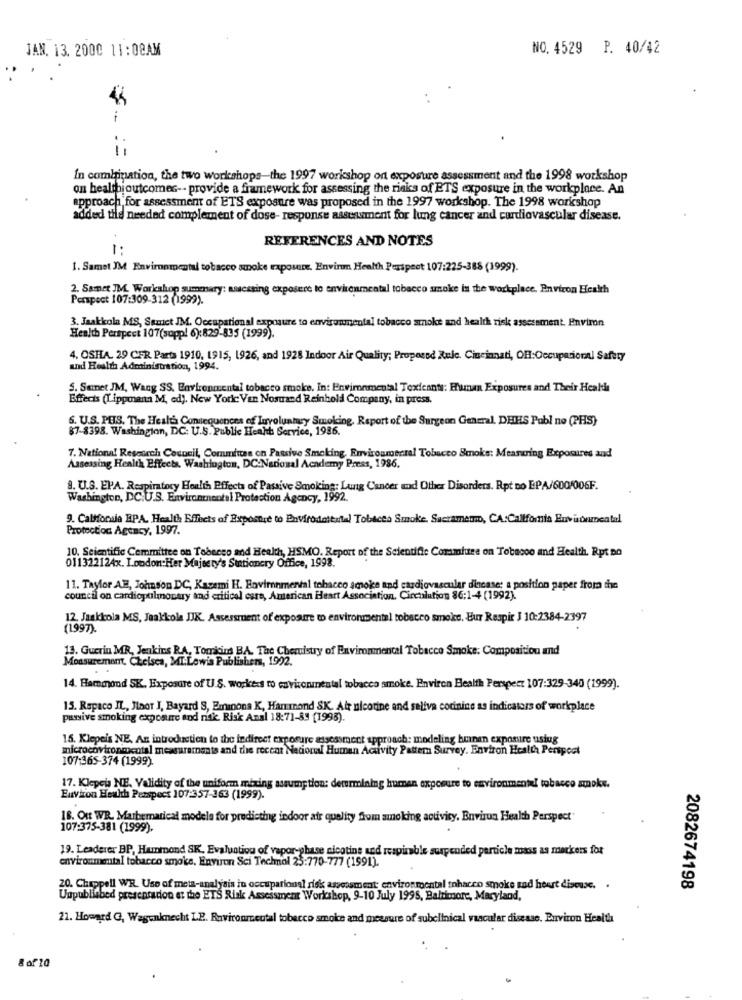
JAN. 13. 2000 11:08AM
NO. 4529 P. 40/42
In combination, the two workshops-the 1997 workshop on exposure assessment and the 1998 workshop
on healthioutcomes -- provide a framework for assessing the risks of ETS exposure in the workplace. An
approach for assessment of ETS exposure was proposed in the 1997 workshop. The 1998 workshop
added tile needed complement of dose- response assessment for lung cancer and cardiovascular disease.
REFERENCES AND NOTES
1:
1. Samet JM Environmental tobacco smoke exposure. Envirom Health Perspect 107:225-388 (1999).
2. Samet IM. Workshop summary: assessing exposure to environmental tobacco smoke in the workplace. Environ Elcalth
Perspect 107:309-312 (1999).
3. Jaakkola MS, Samet JM. Occupational exposure to environmental tobacco smoke and health risk assessment. Environ
Health Perspect 107(suppl 6):829-835 (1999).
4. OSHA. 29 CFR Parts 1910, 1915, 1926, and 1928 Indoor Air Quality; Proposed Rule. Cincinnati, OH:Occupational Safety
und Health Administration, 1994.
S. Semet JM, Wang SS. Environmental tobacco smoke. In: Environmental Texicanti: Human Exposures and Their Healds
Effects (Tippmann M, ed). New York Van Nosuand Reinbold Company, in press.
S. U.S. PES. The Health Consequences of Luryolunhry Smoking, Report of the Surgeon General, DEHS Pobl no (PHS)
$7-8398. Washington, DC: U.S. Public Heaht Service, 1986.
7. National Research Council, Committee on Passive Smoking, Environmental Tobacco Smoke: Meararing Exposures and
Assessing Health Effects. Washington, DC:National Academy Press, 1986.
9. U.S. EPA. Respiratory Hoalth Effects of Passive Smoking: Lung Cancer and Other Disorders. Rpt Do EPA/600/006F.
Washington, DC.U.S. Environmental Protection Agency, 1992.
9. California BPA, Health Effects of Exposure to EnVirodatental Tobices Smoke. Sacramemo, CA:California Environmental
Protection Agency, 1997.
10. Scientific Committee on Tobeceo and Health, HSMO. Report of the Scientific Commiuse on Tobacco and Health. Rpt DO
011322124x. London:Her Majesty's Stationery Office, 1998.
11. Taylor A.M. Johnson DC, Kazemi H. Environmental tobacco smoke and cardiovascular dincase: a position paper from the
council on cardiopulmonary and critical care, American Heart Association, Circulation 86:1-4 (1992).
12. Jaakkola MS, Jaakkola JIK. Assessment of exposure to environmental tobacco smoke. Eur Respir J 10:2384-2397
(1997)
13. Guerin MR, Jenkins RA, Tomioin BA. The Chemistry of Environmental Tobacco Smoke: Composition and
Measurement, Chelsea, MI.Lewis Publishers, 1992.
14. Hammond SK. Exposure of U.S. workers to environmental tobacco smoke. Environ Health Perspett 107:329-340 (1999).
15. Rspaco IL, Jaor I, Bayard S, Emanona K, Hammond SK. Air nicotine and saliva cocinine as indicators of workplace
passive smoking exposure and risk. Risk Anal 18:71-83 [1998).
15. Klepeis NE. An introduction to the indirect exposure assessment approach: modeling buinen exponire usiug
microcovironmental measurements and the recent Nacional Human Activity Pattern Survey. Environ Health Perspeet
107:365-374 (1999)
17. Klepeis NE. Validity of the uniform mixing assumption: determining human exposure to environmental tobacco amoke.
Environ Health Perspect 107:357-363 (1999).
18. Out WR. Mathematical modela for predicting indoor air quality from smoking activity. Environ Health Perspect"
107:375-381 (1999).
19. Leaderer BP, Hammond SK. Evaluation of vapor-phase nicotine und respirable suspended particle mass as merkers for
environmental tobacco smoke, Environ Sci Technol 25:770-777 (1991).
20. Chappell WR. Use of meta-analysis in occupational risk assessment environmental thacco smoke und heart disease. .
2082674198
Unpublished presentation et the ETS Risk Assessment Workshop, 9-10 July 1998, Baltimore, Maryland,
21. Howard G, Wagenknecht LE. Ravironmental tobacco smoke and measure of subclinical vascular disease. Environ Health
8 of 10